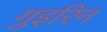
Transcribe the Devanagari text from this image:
गुइरिन